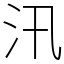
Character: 汛